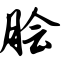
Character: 脍